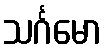
သင်္ဂမော